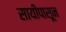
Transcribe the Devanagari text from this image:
सायीपासून